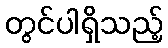
တွင်ပါရှိသည့်